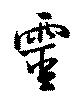
靈